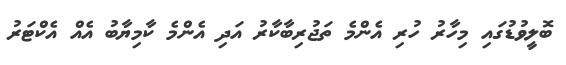
ބޮލީވުޑުގައި މިހާރު ހުރި އެންމެ ތަޖުރިބާކާރު އަދި އެންމެ ކާމިޔާބު އެއް އެކްޓަރު